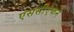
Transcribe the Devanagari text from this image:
एससीएफने